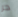
حر